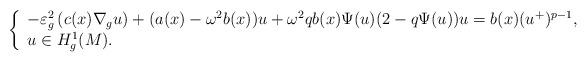
LaTeX: \begin{align*}\left\{\begin{array}[c]{l}-\varepsilon^{2}_{g}\left( c(x)\nabla_{g}u\right) +(a(x)-\omega^{2}b(x))u+\omega^{2}qb(x)\Psi(u)(2-q\Psi(u))u=b(x)(u^{+})^{p-1},\\u\in H_{g}^{1}(M).\end{array}\right. \end{align*}